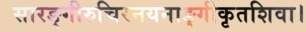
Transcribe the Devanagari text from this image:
सारङ्गीरुचिरनयनाङ्गीकृतशिवा।